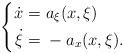
LaTeX: \begin{align*}\left\{\begin{aligned} \dot x = & \ a_\xi(x,\xi) \\ \dot \xi = & \ -a_x(x,\xi).\end{aligned}\right.\end{align*}